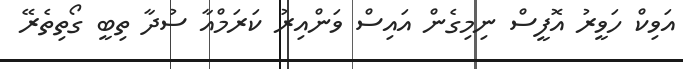
އަވިކް ހަވީރު އޮފީސް ނިމިގެން އައިސް ވަންއިރު ކަރަމްއާ ސުދާ ތިބީ ގޯތިތެރޭ